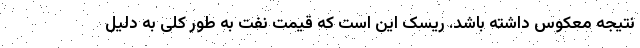
نتیجه معکوس داشته باشد. ریسک این است که قیمت نفت به طور کلی به دلیل